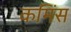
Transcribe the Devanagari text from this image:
कमिंस